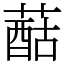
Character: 䔯